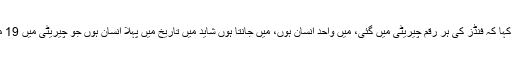
ٹرمپ نے عدالتی فیصلے پر رد عمل دیتے ہوئے ٹوئٹر پر جاری بیان میں کہا کہ فنڈز کی ہر رقم چیریٹی میں گئی، میں واحد انسان ہوں، میں جانتا ہوں شاید میں تاریخ میں پہلا انسان ہوں جو چیریٹی میں 19 ملین ڈالر کی ایک بڑی رقم دے سکتا ہے، ان الزامات کی کوئی حیثیت نہیں۔